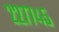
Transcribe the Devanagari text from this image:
२२७७४५